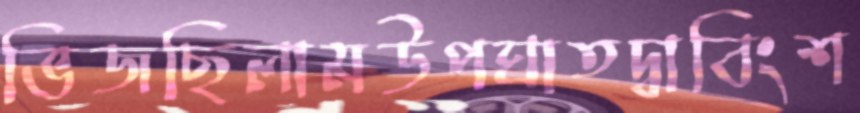
ভিজছিলামউপঘাতদ্বাবিংশ